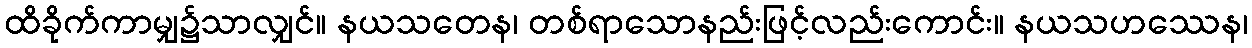
ထိခိုက်ကာမျှ၌သာလျှင်။ နယသတေန၊ တစ်ရာသောနည်းဖြင့်လည်းကောင်း။ နယသဟဿေန၊